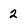
Character: 2